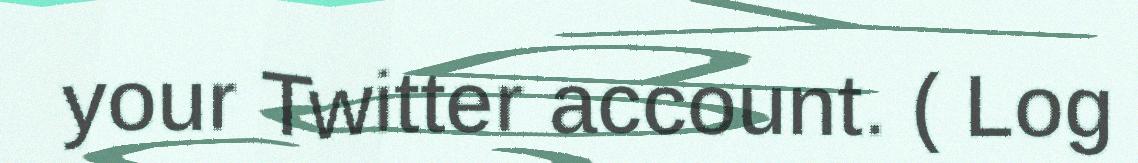
your Twitter account. ( Log